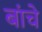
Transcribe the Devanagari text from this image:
बांचे